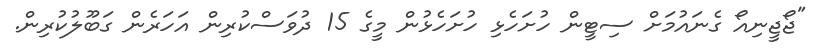
"ޖޯޖީނިއޯ ގެނައުމަށް ސިޓީން ހުށަހެޅި ހުށަހެޅުން މީގެ 15 ދުވަސްކުރިން އަހަރެން ގަބޫލުކުރިން.